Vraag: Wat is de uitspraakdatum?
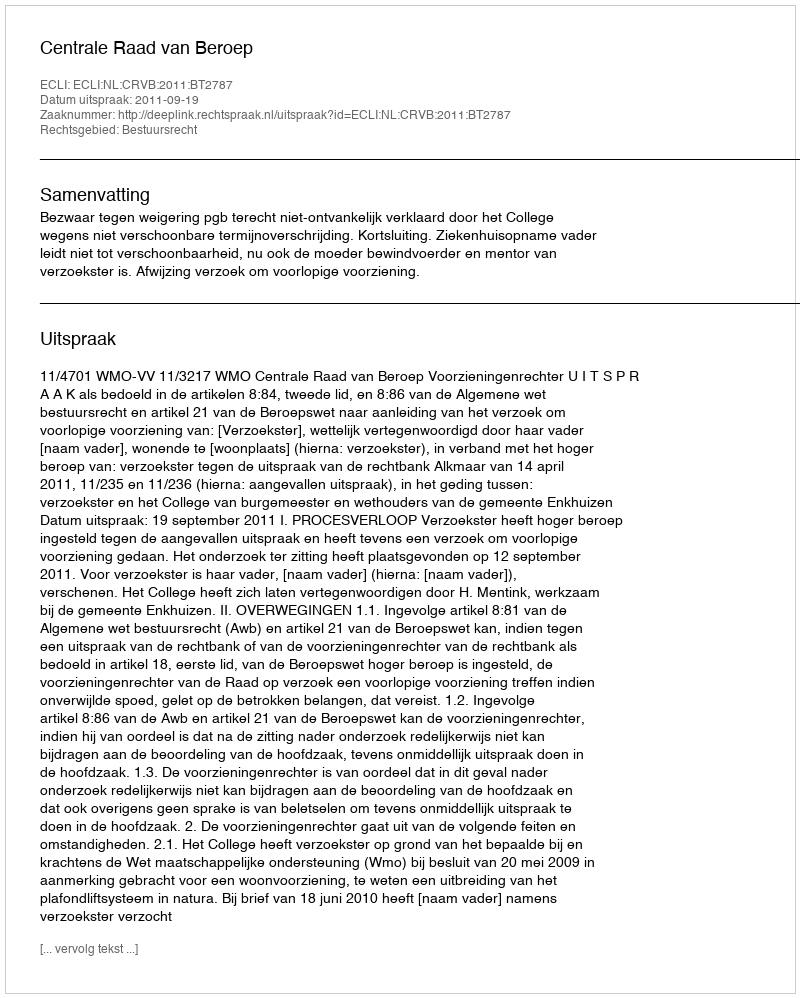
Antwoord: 2011-09-19